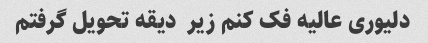
دلیوری عالیه فک کنم زیر  دیقه تحویل گرفتم